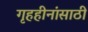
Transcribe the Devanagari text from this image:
गृहहीनांसाठी